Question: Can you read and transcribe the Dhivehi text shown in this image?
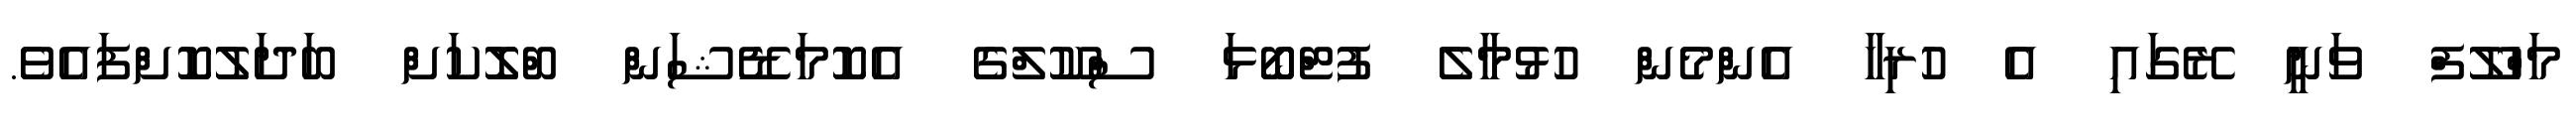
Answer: މަހްލޫފް ވަނީ ރޭގައި އެ ހުރިހާ އެންމެން ހުޅުމާލެ ފުޓްބޯޅަ ސްކޫލްގެ އެކޮމަޑޭޝަން ބްލޮކަށް ބަދަލުކޮށްފައެވެ.